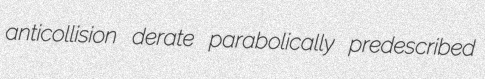
anticollision derate parabolically predescribed